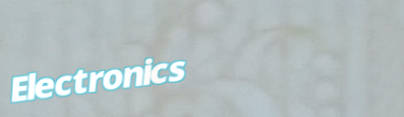
Electronics